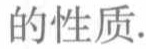
的性质.